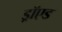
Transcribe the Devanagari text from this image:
ड्रॉएड